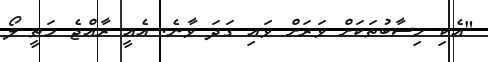
"އެކި ހިސާބުތަކަށް ވަރަށް ވައި ގަދަ ވާނެ. އެއީ ރާއްޖެ މަތީ ލޯ